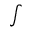
\scriptstyle \int